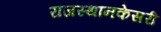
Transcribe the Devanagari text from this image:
राजस्थानकेसरी